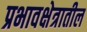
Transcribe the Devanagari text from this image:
प्रभावक्षेत्रातील